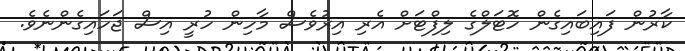
ކާރުން ފައިބައިގެން ހޮޓަލްގެ ލިފްޓަށް އެރި އިރުވެސް މާހިން ހުރީ އިސް ޖަހައިގެންނެވެ.